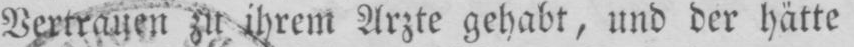
Vertrauen zu, ihrem Arzte gehabt, und der hätte